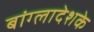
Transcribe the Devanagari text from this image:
बांग्लादेशके